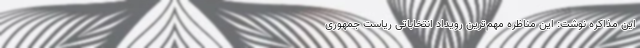
این مذاکره نوشت: این مناظره مهم‌ترین رویداد انتخاباتی ریاست جمهوری